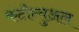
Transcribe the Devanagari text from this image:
कंटीन्युअल